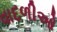
વાદળીઓ